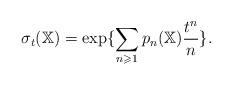
LaTeX: \begin{align*}\sigma_{t}(\mathbb{X})= \exp\{ \sum_{n \geqslant 1} p_n(\mathbb{X})\frac{t^{n}}{n} \}.\end{align*}